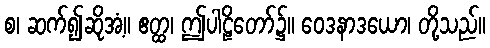
စ၊ ဆက်၍ဆိုအံ့။ ဧတ္ထ၊ ဤပါဠိတော်၌။ ဝေဒနာဒယော၊ တို့သည်။